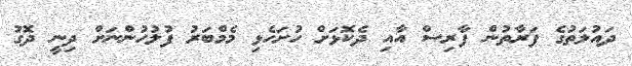
ދައުލަތުގެ ފަރާތުން ފާރިސް އާއި ދެކޮޅަށް ހުށަހެޅި މެމްބަރު ފުލުހުންނަށް ދިނީ ދޮގު